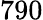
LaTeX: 790